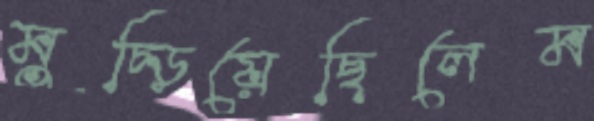
মুচ্‌ড়িয়েছিলেম